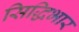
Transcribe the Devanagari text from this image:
सिद्धिभार